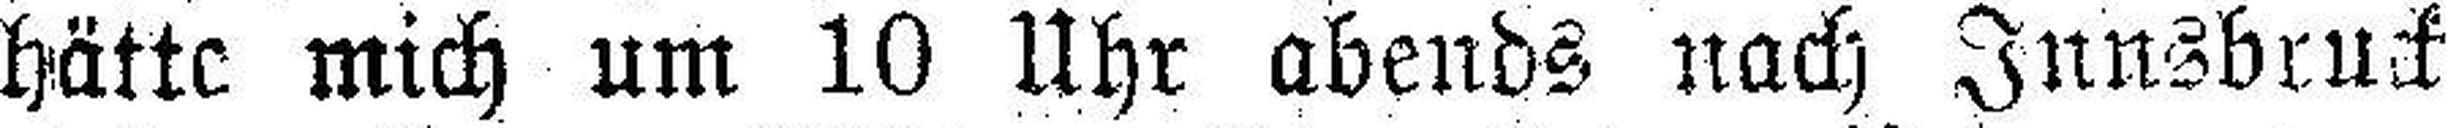
hätte mich um 10 Uhr abends nach Innsbruck